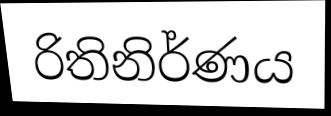
රිතිනිර්ණය